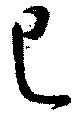
已